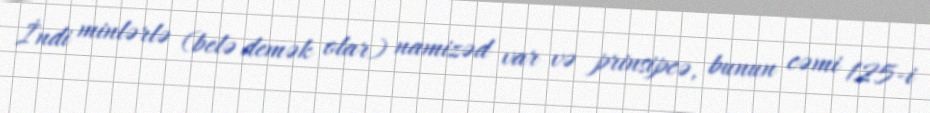
İndi minlərlə (belə demək olar) namizəd var və prinsipcə, bunun cəmi 125-i